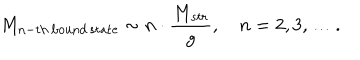
M _ { \mathrm { n - t h \, b o u n d \, s t a t e } } \sim n \cdot \frac { M _ { s t r } } { g } , \quad n = 2 , 3 , \ldots .